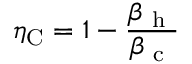
\eta _ { \mathrm { C } } = 1 - \frac { \beta _ { \mathrm { ~ h ~ } } } { \beta _ { \mathrm { ~ c ~ } } }